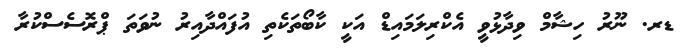
ޑރ. ނޫރު ހިޝާމް ވިދާޅުވީ އެކްރިލަމައިޑް އަކީ ކާބޯތަކެތި އުފައްދާއިރު ނުވަތަ ޕްރޮސެސްކުރާ